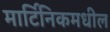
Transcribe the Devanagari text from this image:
मार्टिनिकमधील